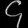
Digit: ၄